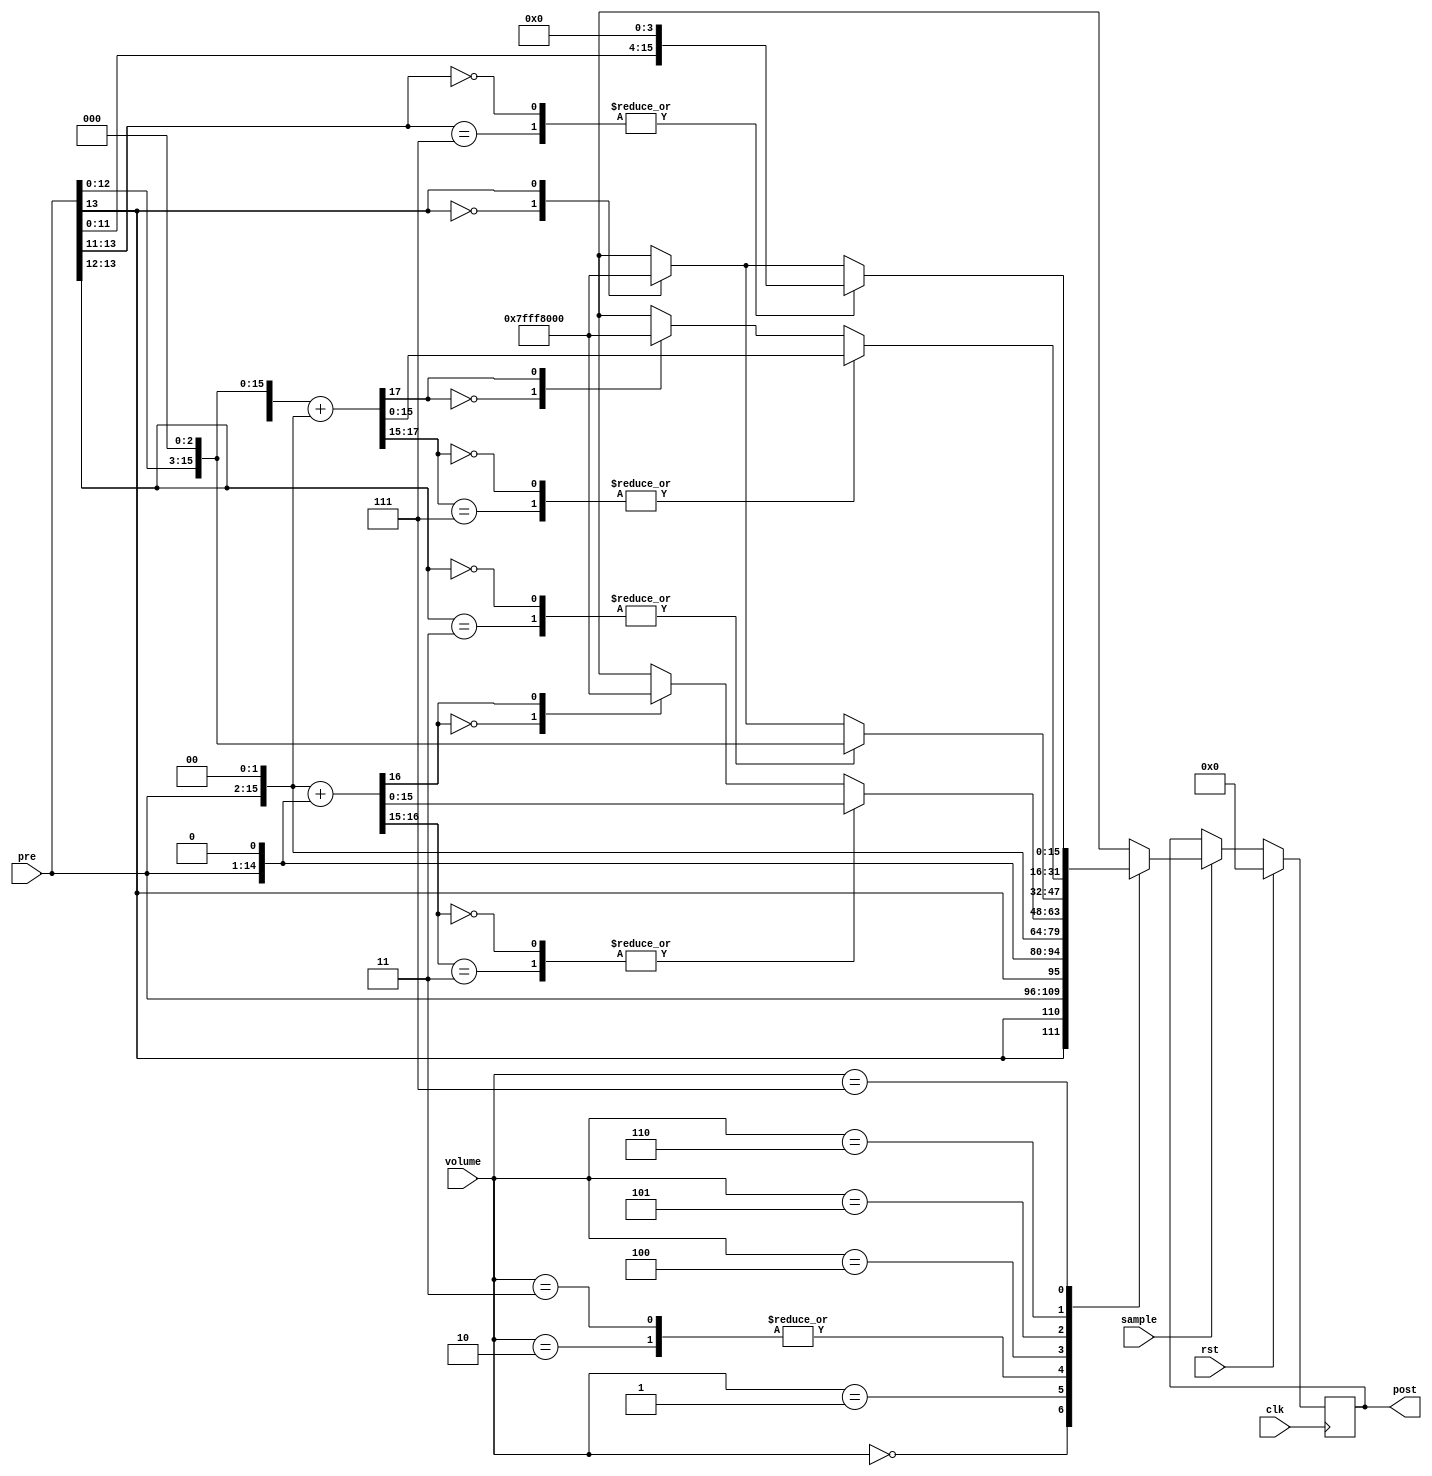
module jt12_amp(
	input			clk,
	input			rst,
	input			sample,
	input	[2:0]	volume,

	input		signed	[13:0]	pre,	
	output	reg signed	[15:0]	post
);

wire signed [14:0] x2 = pre<<<1;
wire signed [15:0] x3 = x2+pre;
wire signed [15:0] x4 = pre<<<2;
//wire signed [16:0] x5 = x4+pre;
wire signed [16:0] x6 = x4+x2;
//wire signed [16:0] x7 = x4+x3;
wire signed [16:0] x8 = pre<<<3;
wire signed [17:0] x12 = x8+x4;
wire signed [17:0] x16 = pre<<<4;

always @(posedge clk)
if( rst )
	post <= 16'd0;
else
if( sample )
	case( volume ) 
		3'd0: // /2
			post <= { {2{pre[13]}}, pre	};
		3'd1: // x1
			post <= { x2[14], x2	};
		3'd2: // x2
			post <= { x2, 1'd0   	};
			/*
		3'd3: // x3
			case( x3[15:14] )
				2'b00, 2'b11: post <= { x3[14:0], 1'd0 };
				2'b01: post <= 16'h7FFF;
				2'b10: post <= 16'h8000;
			endcase
			*/
		3'd3: // x4
			post <= x4;
			/*
		3'd5: // x5
			case( x5[16:15] )
				2'b00, 2'b11: post <= x5[15:0];
				2'b01: post <= 16'h7FFF;
				2'b10: post <= 16'h8000;
			endcase				
			*/
		3'd4: // x6
			casex( x6[16:15] )
				2'b00, 2'b11: post <= x6[15:0];
				2'b0x: post <= 16'h7FFF;
				2'b1x: post <= 16'h8000;
			endcase				
/*			
		3'd7: // x7
			case( x7[16:15] )
				2'b00, 2'b11: post <= x7[15:0];
				2'b01: post <= 16'h7FFF;
				2'b10: post <= 16'h8000;
			endcase	
*/			
		3'd5: // x8
			casex( x8[16:15] )
				2'b00, 2'b11: post <= x8[15:0];
				2'b0x: post <= 16'h7FFF;
				2'b1x: post <= 16'h8000;
			endcase
		3'd6: // x12
			casex( x12[17:15] )
				3'b000, 3'b111: post <= x12[15:0];
				3'b0xx: post <= 16'h7FFF;
				3'b1xx: post <= 16'h8000;				
			endcase	
		3'd7: // x16
			casex( x16[17:15] )
				3'b000, 3'b111: post <= x16[15:0];
				3'b0xx: post <= 16'h7FFF;
				3'b1xx: post <= 16'h8000;				
			endcase						
	endcase

endmodule